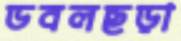
ডবলছড়া